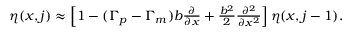
\begin{array} { r } { \eta ( x , j ) \approx \left[ 1 - ( \Gamma _ { p } - \Gamma _ { m } ) b \frac { \partial } { \partial x } + \frac { b ^ { 2 } } { 2 } \frac { \partial ^ { 2 } } { \partial x ^ { 2 } } \right] \eta ( x , j - 1 ) . } \end{array}